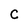
Character: C